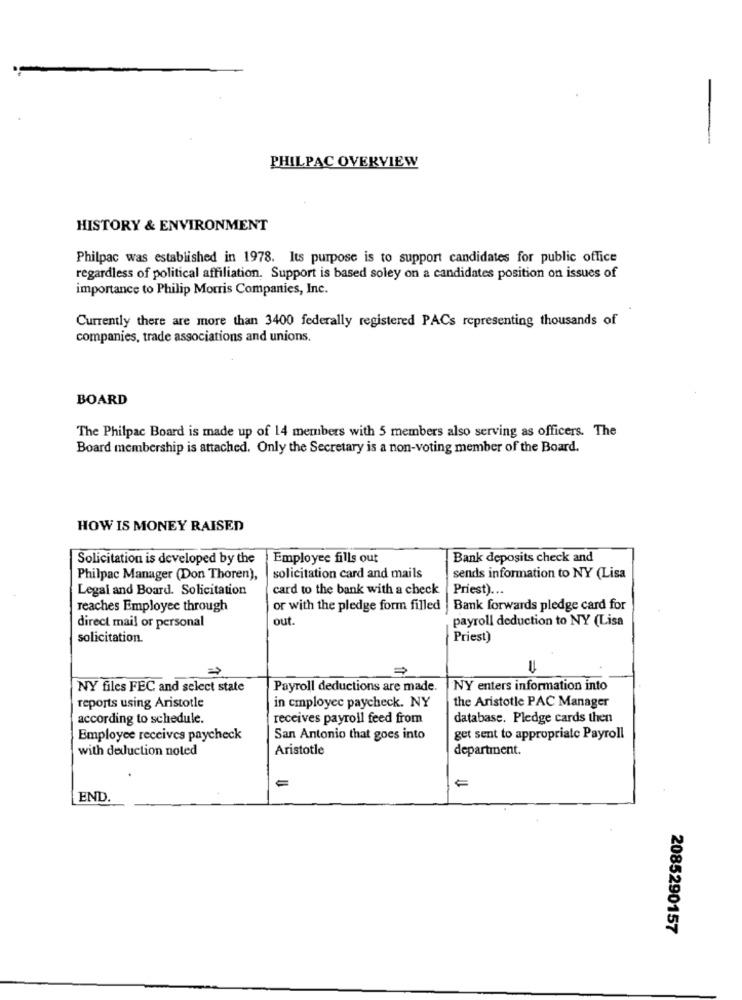
PHILPAC OVERVIEW
HISTORY & ENVIRONMENT
Philpac was established in 1978. Its purpose is to support candidates for public office
regardless of political affiliation. Support is based soley on a candidates position on issues of
importance to Philip Morris Companies, Inc.
Currently there are more than 3400 federally registered PACs representing thousands of
companies, trade associations and unions.
BOARD
The Philpac Board is made up of 14 members with 5 members also serving as officers. The
Board membership is attached. Only the Secretary is a non-voting member of the Board.
HOW IS MONEY RAISED
Solicitation is developed by the
Employee fills out
Bank deposits check and
Philpac Manager (Don Thoren),
solicitation card and mails
sends information to NY (Lisa
Legal and Board. Solicitation
card to the bank with a check
Priest) ...
reaches Employee through
or with the pledge form filled
Bank forwards pledge card for
out.
payroll deduction to NY (Lisa
direct mail or personal
solicitation.
Priest)
NY files FEC and select state
Payroll deductions are made.
NY enters information into
reports using Aristotle
in cmployec paycheck. NY
the Aristotle PAC Manager
according to schedule.
receives payroll feed from
database. Pledge cards then
Employee receives paycheck
San Antonio that goes into
get sent to appropriate Payroll
with deduction noted
Aristotle
department.
END.
2085290157